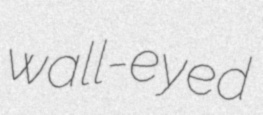
wall-eyed